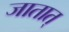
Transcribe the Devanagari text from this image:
जातात्